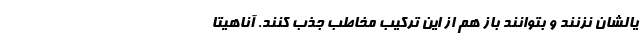
یالشان نزنند و بتوانند باز هم از این ترکیب مخاطب جذب کنند. آناهیتا